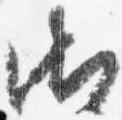
御